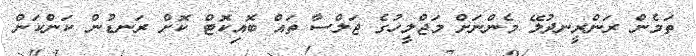
ތަމެން ރަންރީނދުލޭ މެންނަށް މަޖްލީހުގެ ޖަލްސާ ތައް ބޮއިކޮޓް ކޮށް ރަނޑުން ކަންކަން